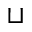
\sqcup